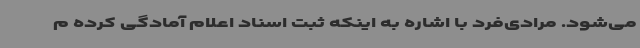
می‌شود. مرادی‌فرد با اشاره به اینکه ثبت اسناد اعلام آمادگی کرده م